Report on the administration of the Government Cinchona Department 1892-98
Year: 1892
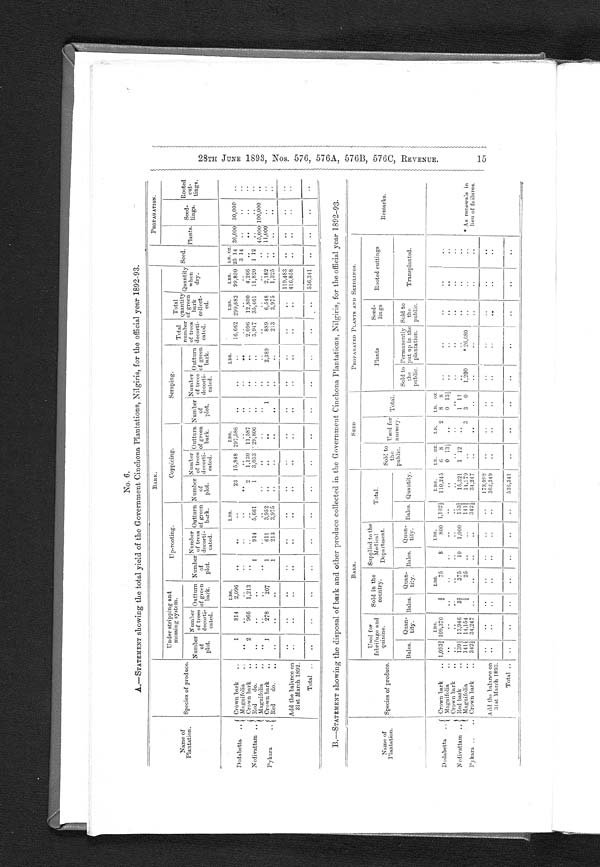
No. 6.
A.—STATEMENT showing the total yie ld of the Government Cinchona Plantations, Nilgiris, for the official year 1892-93.
Name of
Plantation.
Species of produce.
BARK.
Seed.
PROP AG ATION.
Plants.
Seed-
lings.
Rooted
cut-
tings.
Under stripping and
mossing system.
Up-rooting.
Coppicing.
Scraping.
Total
number
of trees
decorti-
cated.
Total
quantity of
gr een
bark
collect-
ed.
Quantity
w h e n
dry.
Number
of
plot.
Number
of trees
decorti-
cated.
Outturno f g r e e n
b a r k .
Number
of
plot.
Number
of trees
decorti-
cated.
Outturn
of green
b a r k .
Number
0f
plot.
Number
of trees
decorti-
cated.
Outturn Number
of green
bark.
N u m b e r o f
plot.
Number
of trees
decorti-
cated.
O u t t u r n o f g r e e n
bark.
LBS.
LBS.
LBS.
LBS.
LBS.
LBS.
LB. oz.
Dodabetta . . .
Crown bark . . .
1
814
2,096
. . .
. . .
. . .
23
15,848 297,586
. . .
. . .
. . .
16,662 299,682
99,890 25 14 36,000 30,000
. . .
Magni fol i a . . .
. . .
. . .
. . .
. . .
. . .
. . .
. . .
. . .
. . .
. . .
. . .
. . .
. . .
. . .
. . .
3 14
. . .
. . .
. . .
Nedivattam . . .
Crown bark . . .
2
966
1,213
. . .
. . .
. . .
2
1,130
11,587
. . .
. . .
. . .
2,096
12,800
4,266
. . .
. . .
. . .
. . .
Red
do. . . .
. . .
. . .
. . .
1
914
5,661
1
3,033
29,800
. . .
. . .
. . .
3,947
35,461
11,820
1 12
. . .
. . .
. . .
Magnifolia
. . .
. . .
. . .
. . .
. . .
. . .
. . .
. . .
. . .
. . .
. . .
. . .
. . .
. . .
. . .
. . .
. . . 45,000 100,000
. . .
Pykara
. . .
Crown bark . . .
1
278
207
1
611
3,952
. . .
. . .
. . .
1
. . .
2,389
889
6,548
2,182
. . . 11,000
. . .
. . .
Red
d o . . . .
. . .
. . .
. . .
1
213
3,975
. . .
. . .
. . .
. . .
. . .
. . .
213
3,975
1,325
. . .
. . .
. . .
. . .
Add the balance on
31st March 1892.
. . .
. . .
. . .
. . .
. . .
. . .
. . .
. . .
. . .
. . .
. . .
. . .
. . .
. . . 119,483
. . .
. . .
. . .
. . .
. . .
. . .
. . .
. . .
. . .
. . .
. . .
. . .
. . .
. . .
. . .
. . .
. . .
. . . 416,858
. . .
. . .
. . .
. . .
Total
. . .
. . .
. . .
. . .
. . .
. . .
. . .
. . .
. . .
. . .
. . .
. . .
. . .
. . .
. . . 536,341
. . .
. . .
. . .
. . .
B.—STATEMENT showing the disposal of bark and other produce collected in the Government Cinchona Plantations, Nilgiris, for the official year 1892–93.
Name of
Plantation.
Species of produce.
BARK.
SEED
PROPAGATED PLANTS AND SEEDLINGS.
Remarks.
Use for
febrifuge and
quinine.
Sold in the
country.
Supplied to the
Medical
Department.
Total.
Sold to
the
public.
Used for
nursery.
Total.
Plants
Seed-
lings
Rooted cuttings
Bales.
Quan-
tity.
Bales.
Quan -
tity.
Bales.
Quan-
tity.
Bales. Quantity.
Sold to
the
public.
Permanently
put up in the
plantation.
Sold to
the
public.
Transplanted.
LBS.
LBS.
LBS.
LBS.
LB. OZ.
LB.
LB. OZ.
* As renewals in
lieu of failures.
Dodabetta
. . .
Crown bark . . . 1,093¾ 109,370
¾
75
8
800 1,102½
110,245
6
8
2
8
8
. . .
. . .
. . .
. . .
. . .
Magnifolia . . .
. . .
. . .
. . .
. . .
. . .
. . .
. . .
. . .
0
13½
. . .
0
13½
. . .
. . .
. . .
. . .
. . .
Nedivattam . . .
Crown bark
. . .
. . .
. . .
. . .
. . .
. . .
. . .
. . .
. . .
. . .
. . .
. . .
. . .
. . .
. . .
. . .
. . .
Red bark . . .
139½ 13,946
3 ¾
375
10
1,000
153¼
15,321
1
12
. . .
1
12
. . .
. . .
. . .
. . .
. . .
Magnifolia . . .
141½ 14,154
¼
25
. . .
. . .
141¾
14,179
. . .
3
3
0
1,200
*26,680
. . .
. . .
. . .
Pykara . . .
Crown bark . . .
342½ 34,247
. . .
. . .
. . .
. . .
342½
34,247
. . .
. . .
. . .
. . .
. . .
. . .
. . .
. . .
Add the balance on
31st March 1893.
. . .
. . .
. . .
. . .
. . .
. . .
. . .
173,992
. . .
. . .
. . .
. . .
. . .
. . .
. . .
. . .
. . .
. . .
. . .
. . .
. . .
. . .
. . .
362,349
. . .
. . .
. . .
. . .
. . .
. . .
. . .
. . .
Total
. . .
. . .
. . .
. . .
. . .
. . .
. . .
. . .
536,341
. . .
. . .
. . .
. . .
. . .
. . .
. . . . . .
2 8 T H J U N E 1 8 9 3 , N o s . 5 7 6 , 5 7 6 , 5 7 6 A , 5 7 6 B , 5 7 6 C , R E V E N U E . 1 5